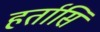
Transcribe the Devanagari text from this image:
हर्तासि